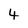
Character: 4